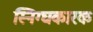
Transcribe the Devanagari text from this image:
स्निग्घकारक